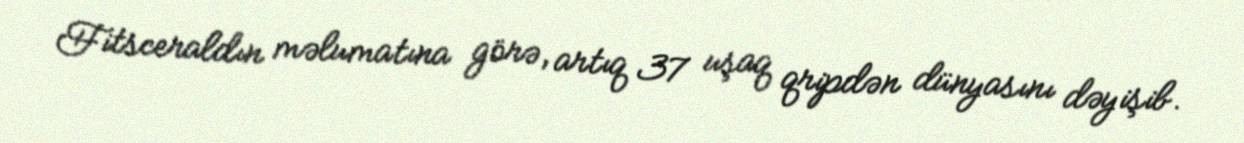
Fitsceraldın məlumatına görə, artıq 37 uşaq qripdən dünyasını dəyişib.